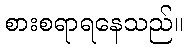
စားစရာရနေသည်။